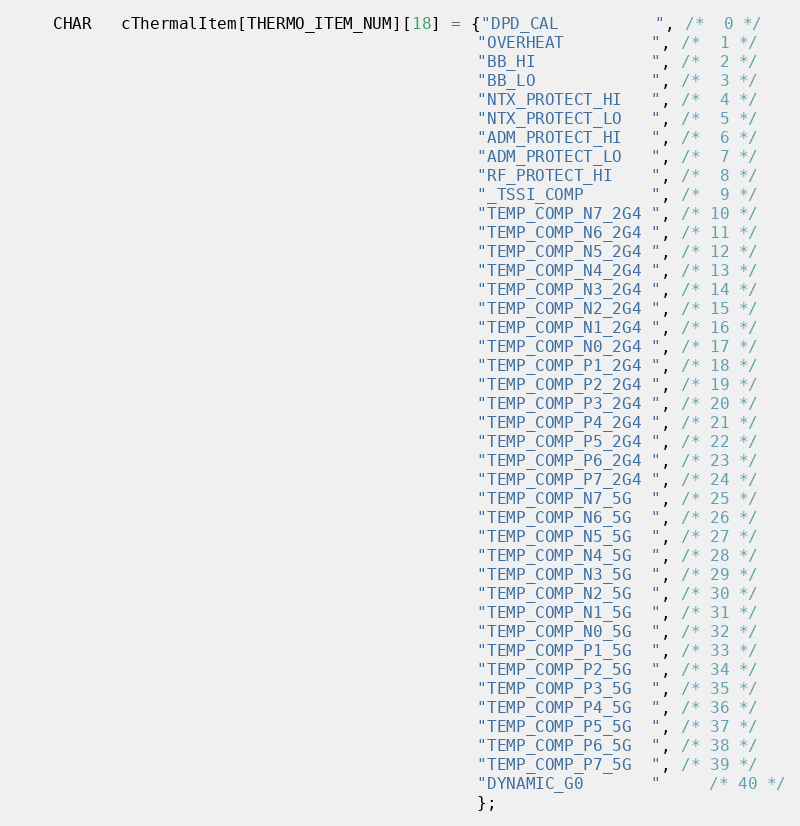
Language: C
	CHAR   cThermalItem[THERMO_ITEM_NUM][18] = {"DPD_CAL          ", /*  0 */
												"OVERHEAT         ", /*  1 */
												"BB_HI            ", /*  2 */
												"BB_LO            ", /*  3 */
												"NTX_PROTECT_HI   ", /*  4 */
												"NTX_PROTECT_LO   ", /*  5 */
												"ADM_PROTECT_HI   ", /*  6 */
												"ADM_PROTECT_LO   ", /*  7 */
												"RF_PROTECT_HI    ", /*  8 */
												"_TSSI_COMP       ", /*  9 */
												"TEMP_COMP_N7_2G4 ", /* 10 */
												"TEMP_COMP_N6_2G4 ", /* 11 */
												"TEMP_COMP_N5_2G4 ", /* 12 */
												"TEMP_COMP_N4_2G4 ", /* 13 */
												"TEMP_COMP_N3_2G4 ", /* 14 */
												"TEMP_COMP_N2_2G4 ", /* 15 */
												"TEMP_COMP_N1_2G4 ", /* 16 */
												"TEMP_COMP_N0_2G4 ", /* 17 */
												"TEMP_COMP_P1_2G4 ", /* 18 */
												"TEMP_COMP_P2_2G4 ", /* 19 */
												"TEMP_COMP_P3_2G4 ", /* 20 */
												"TEMP_COMP_P4_2G4 ", /* 21 */
												"TEMP_COMP_P5_2G4 ", /* 22 */
												"TEMP_COMP_P6_2G4 ", /* 23 */
												"TEMP_COMP_P7_2G4 ", /* 24 */
												"TEMP_COMP_N7_5G  ", /* 25 */
												"TEMP_COMP_N6_5G  ", /* 26 */
												"TEMP_COMP_N5_5G  ", /* 27 */
												"TEMP_COMP_N4_5G  ", /* 28 */
												"TEMP_COMP_N3_5G  ", /* 29 */
												"TEMP_COMP_N2_5G  ", /* 30 */
												"TEMP_COMP_N1_5G  ", /* 31 */
												"TEMP_COMP_N0_5G  ", /* 32 */
												"TEMP_COMP_P1_5G  ", /* 33 */
												"TEMP_COMP_P2_5G  ", /* 34 */
												"TEMP_COMP_P3_5G  ", /* 35 */
												"TEMP_COMP_P4_5G  ", /* 36 */
												"TEMP_COMP_P5_5G  ", /* 37 */
												"TEMP_COMP_P6_5G  ", /* 38 */
												"TEMP_COMP_P7_5G  ", /* 39 */
												"DYNAMIC_G0       "	 /* 40 */
												};